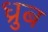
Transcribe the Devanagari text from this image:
ध्रुब